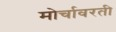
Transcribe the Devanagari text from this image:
मोर्चावरती